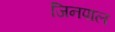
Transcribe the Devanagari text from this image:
जिनपाल